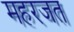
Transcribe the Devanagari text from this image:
महरजत